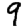
Digit: 9